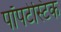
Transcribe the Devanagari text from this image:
पॉपटेस्टिक